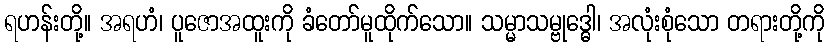
ရဟန်းတို့။ အရဟံ၊ ပူဇောအထူးကို ခံတော်မူထိုက်သော။ သမ္မာသမ္ဗုဒ္ဓေါ၊ အလုံးစုံသော တရားတို့ကို